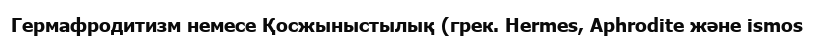
Гермафродитизм немесе Қосжыныстылық (грек. Hermes, Aphrodite және ismos